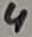
Text: 4